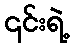
၎င်းရဲ့